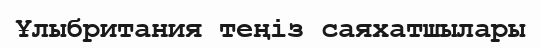
Ұлыбритания теңіз саяхатшылары